Plague in India, 1896, 1897 - Volume 2
Year: 1896
Disease focus: Plague
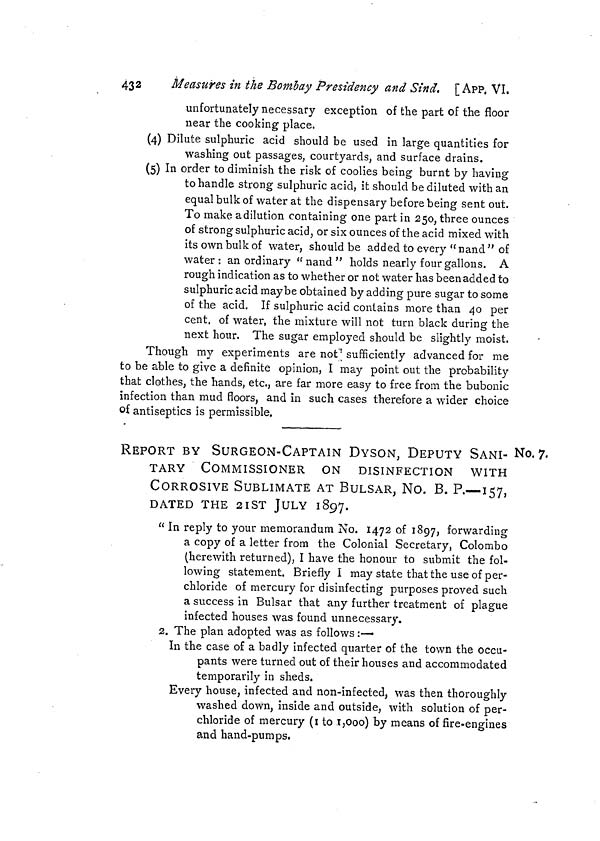
432
Measures in the Bombay Presidency and Sind. [ APP VI.
unfortunately necessary exception of the part of the floor
near the cooking place.
(4) Dilute sulphuric acid should be used in large quantities for
washing out passages, courtyards, and surface drains.
(5) In order to diminish the risk of coolies being burnt by having
to handle strong sulphuric acid, it should be diluted with an
equal bulk of water at the dispensary before being sent out.
To make a dilution containing one part in 250, three ounces
of strong sulphuric acid, or six ounces of the acid mixed with
its own bulk of water, should be added to every "nand" of
water: an ordinary " nand " holds nearly four gallons. A
rough indication as to whether or not water has been added to
sulphuric acid maybe obtained by adding pure sugar to some
of the acid. If sulphuric acid contains more than 40 per
cent. of water, the mixture will not turn black during the
next hour. The sugar employed should be slightly moist.
Though my experiments are not sufficiently advanced for me
to be able to give a definite opinion, I may point out the probability
that clothes, the hands, etc., are far more easy to free from the bubonic
infection than mud floors, and in such cases therefore a wider choice
of antiseptics is permissible,
No. 7,
REPORT BY SURGEON-CAPTAIN DYSON, DEPUTY SANI-
TARY COMMISSIONER ON DISINFECTION WITH
CORROSIVE SUBLIMATE AT BULSAR, No. B. P.—157,
DATED THE 21ST JULY 1897.
" In reply to your memorandum No. 1472 of 1897, forwarding
a copy of a letter from the Colonial Secretary, Colombo
(herewith returned), I have the honour to submit the fol-
lowing statement. Briefly I may state that the use of per-
chloride of mercury for disinfecting purposes proved such
a success in Bulsar that any further treatment of plague
infected houses was found unnecessary.
2. The plan adopted was as follows :—
In the case of a badly infected quarter of the town the occu-
pants were turned out of their houses and accommodated
temporarily in sheds.
Every house, infected and non-infected, was then thoroughly
washed down, inside and outside, with solution of per-
chloride of mercury (1 to 1,000) by means of fire-engines
and hand-pumps.